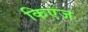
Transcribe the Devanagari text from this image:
किएज